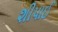
શીપાઈ